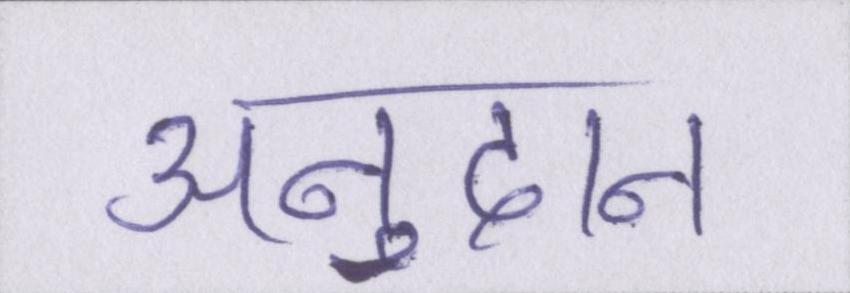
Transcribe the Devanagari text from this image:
अनुदान